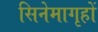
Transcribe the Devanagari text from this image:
सिनेमागृहों